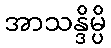
အာသန္ဒိမ္ပိ